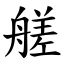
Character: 艖